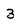
Character: 3